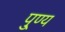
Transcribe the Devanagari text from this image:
पु्ण्य